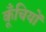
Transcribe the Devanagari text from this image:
कूँचियों